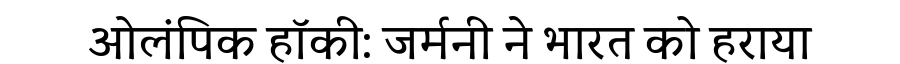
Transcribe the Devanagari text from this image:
ओलंपिक हॉकी: जर्मनी ने भारत को हराया